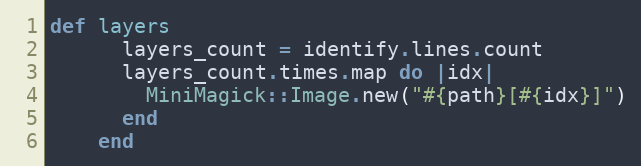
Language: Ruby
def layers
      layers_count = identify.lines.count
      layers_count.times.map do |idx|
        MiniMagick::Image.new("#{path}[#{idx}]")
      end
    end